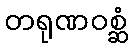
တရုဏဝစ္ဆံ